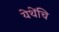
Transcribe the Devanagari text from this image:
येथेंचि